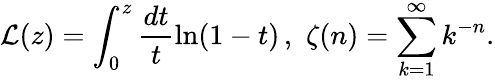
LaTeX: \mathcal{L}(z)=\int_{0}^{z}\frac{{dt}}{t}\ln(1-t)\, ,\, \, \zeta(n)=\sum_{k=1}^{\infty}k^{-n}.